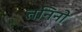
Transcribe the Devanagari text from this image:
तनिनो